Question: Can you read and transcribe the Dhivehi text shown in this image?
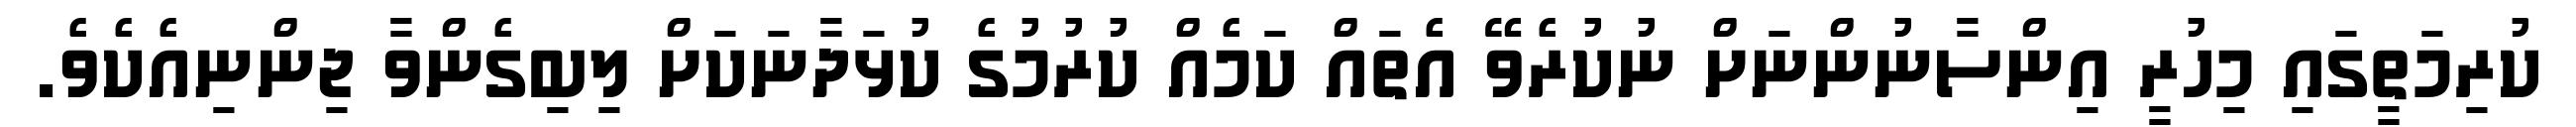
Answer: ކުރިމަތީގައި މިހުރީ އިންސާނުންނަށް ނުކުރެވޭ އެތައް ކަމެއް ކުރުމުގެ ކުޅަދާނަކަށް ލިބިގެންވާ ޖިންނިއެކެވެ.